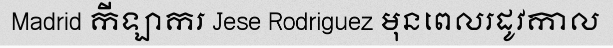
Madrid កីឡាករ Jese Rodriguez មុនពេលរដូវកាល